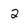
Character: 2